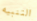
التنبيه